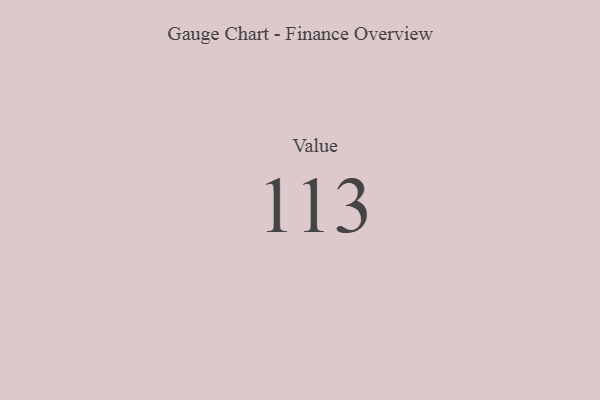
{"axis": {"x": "Metric", "y": "Value"}, "legend": [""], "data": [{"x": "Value", "y": 113, "type": ""}]}